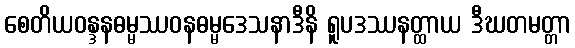
စေတိယဝန္ဒနဓမ္မဿဝနဓမ္မဒေသနာဒီနိ ရူပဒဿနတ္ထာယ ဒီဃတမတ္တာ